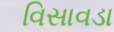
વિસાવડા